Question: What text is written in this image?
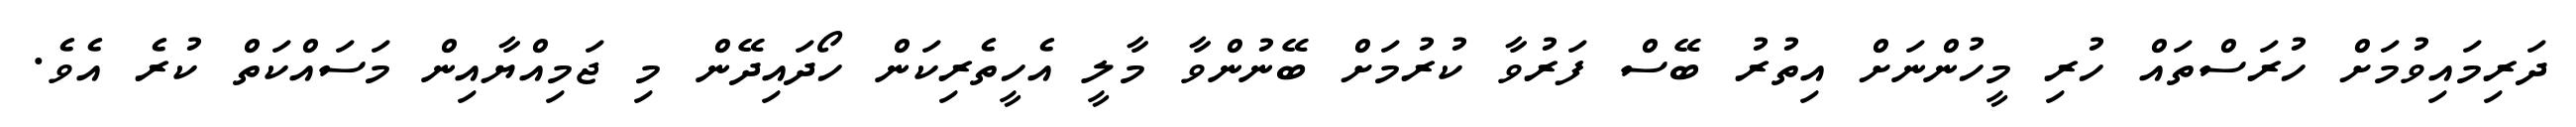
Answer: ދަރިމައިވުމަށް ހުރަސްތައް ހުރި މީހުންނަށް އިތުރު ބޭސް ފަރުވާ ކުރުމަށް ބޭނުންވާ މާލީ އެހީތެރިކަން ހޯދައިދޭން މި ޖަމިއްޔާއިން މަސައްކަތް ކުރެ އެވެ.